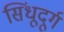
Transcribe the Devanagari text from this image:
सिंधूदूर्ग